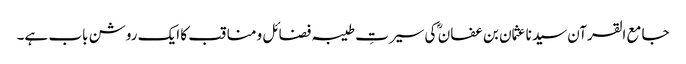
جامع القرآن سیدنا عثمان بن عفان ؓ کی سیرتِ طیبہ فضائل و مناقب کا ایک روشن باب ہے۔